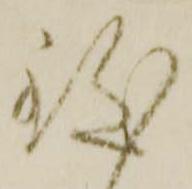
致